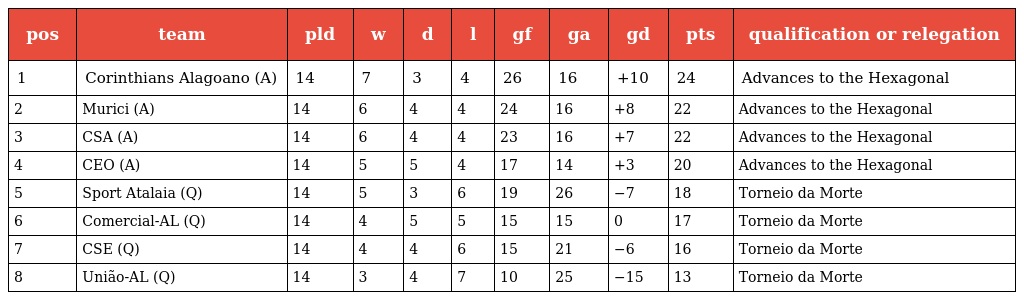
| pos | team | pld | w | d | l | gf | ga | gd | pts | qualification or relegation |
 | --- | --- | --- | --- | --- | --- | --- | --- | --- | --- | --- |
 | 1 | Corinthians Alagoano (A) | 14 | 7 | 3 | 4 | 26 | 16 | +10 | 24 | Advances to the Hexagonal |
 | 2 | Murici (A) | 14 | 6 | 4 | 4 | 24 | 16 | +8 | 22 | Advances to the Hexagonal |
 | 3 | CSA (A) | 14 | 6 | 4 | 4 | 23 | 16 | +7 | 22 | Advances to the Hexagonal |
 | 4 | CEO (A) | 14 | 5 | 5 | 4 | 17 | 14 | +3 | 20 | Advances to the Hexagonal |
 | 5 | Sport Atalaia (Q) | 14 | 5 | 3 | 6 | 19 | 26 | −7 | 18 | Torneio da Morte |
 | 6 | Comercial-AL (Q) | 14 | 4 | 5 | 5 | 15 | 15 | 0 | 17 | Torneio da Morte |
 | 7 | CSE (Q) | 14 | 4 | 4 | 6 | 15 | 21 | −6 | 16 | Torneio da Morte |
 | 8 | União-AL (Q) | 14 | 3 | 4 | 7 | 10 | 25 | −15 | 13 | Torneio da Morte |